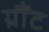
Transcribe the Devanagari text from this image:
ग्रौंट